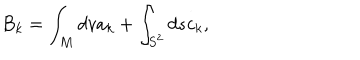
B _ { k } = \int _ { M } d v a _ { k } + \int _ { S ^ { 2 } } d s c _ { k } ,